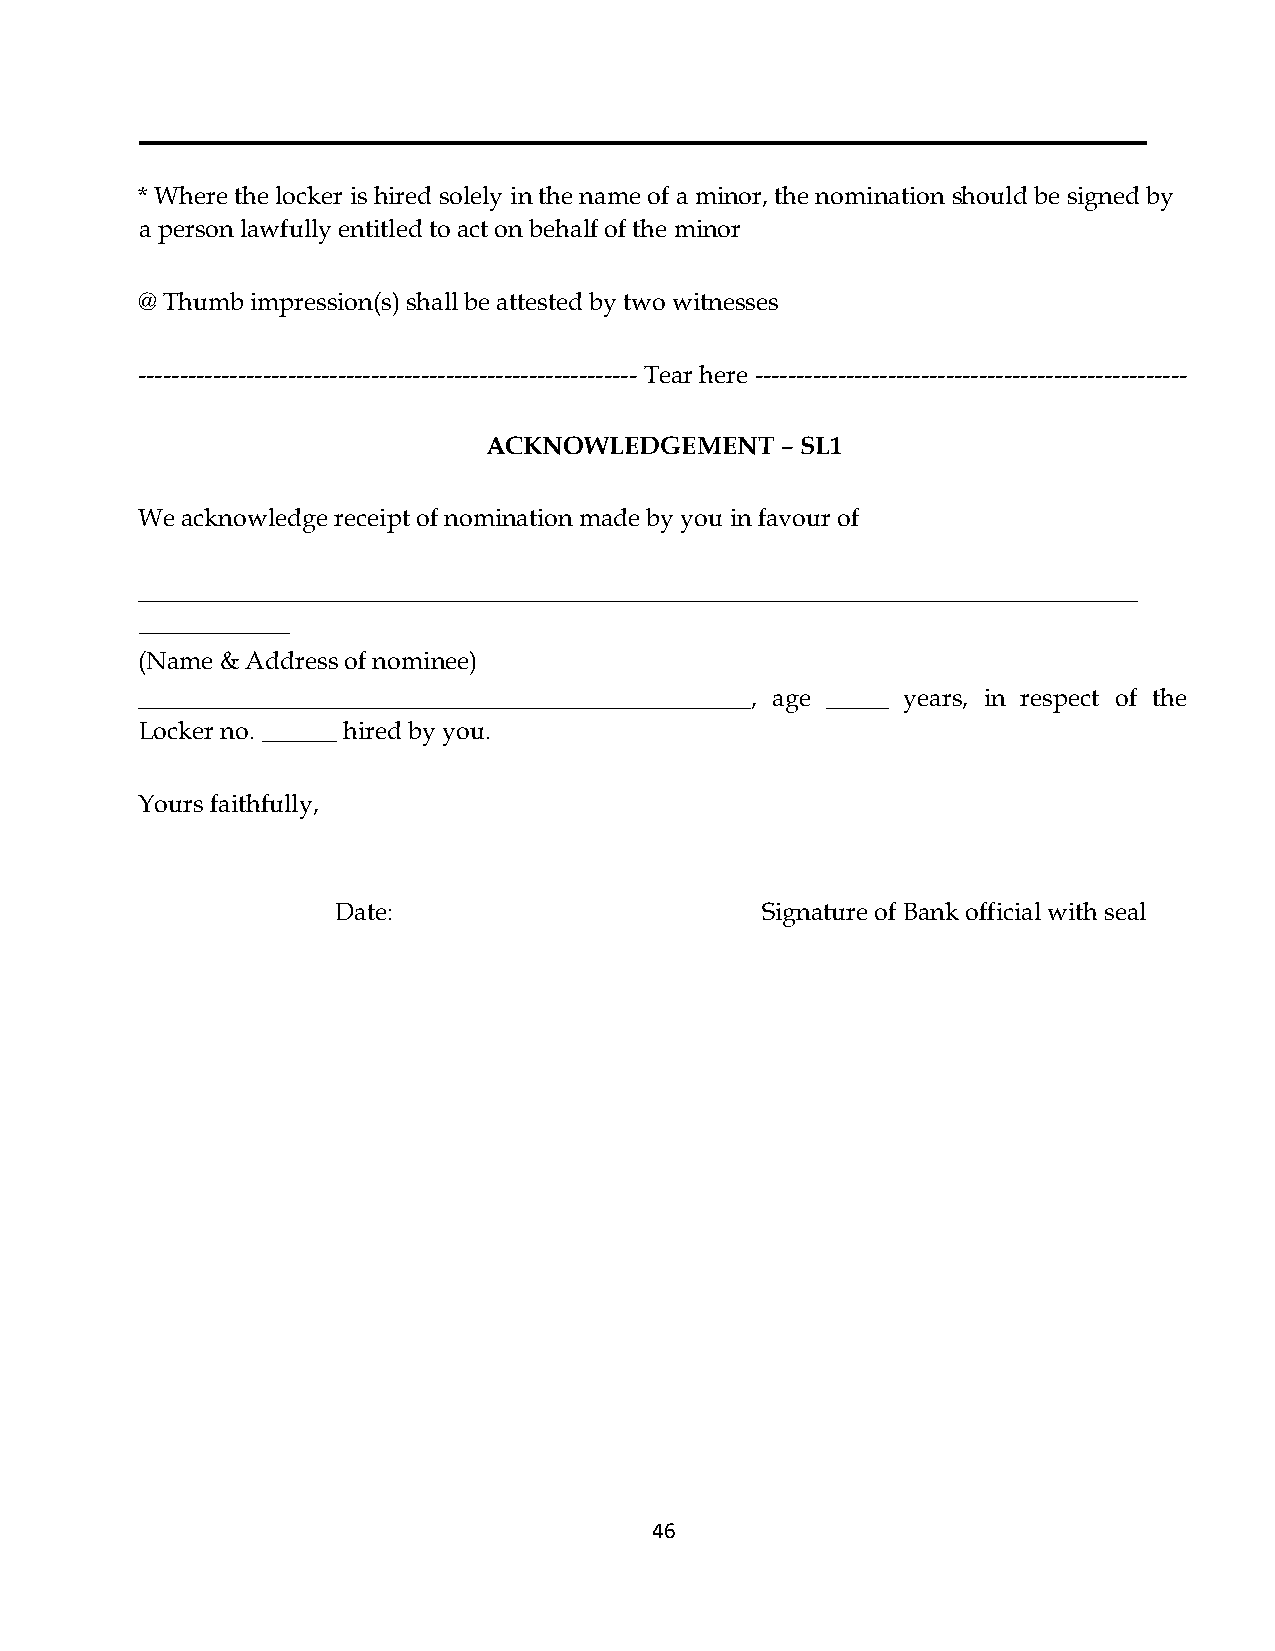
* Where the locker is hired solely in the name of a minor, the nomination should be signed by
 a person lawfully entitled to act on behalf of the minor
 @ Thumb impression(s) shall be attested by two witnesses
 ------------------------------------------------------------ Tear here ----------------------------------------------------
 ACKNOWLEDGEMENT     – SL1
 We acknowledge receipt of nomination made by you in favour of
 ________________________________________________________________________________
 ____________
 (Name & Address of nominee)
 _________________________________________________, age _____ years, in respect of the
 Locker no. ______ hired by you.
 Yours faithfully,
 Date:                       Signature of Bank official with seal
 46